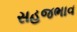
સહજભાવ